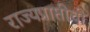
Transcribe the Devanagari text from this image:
राज्यप्राप्तीची